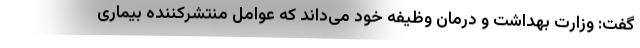
گفت: وزارت بهداشت و درمان وظیفه خود می‌داند که عوامل منتشرکننده بیماری